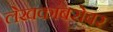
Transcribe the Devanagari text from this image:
लेखकांबरोबर